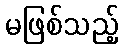
မဖြစ်သည့်